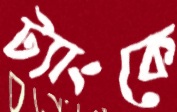
ট্যাংকে